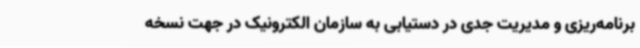
برنامه‌ریزی و مدیریت جدی در دستیابی به سازمان الکترونیک در جهت نسخه